Indian journal of veterinary science and animal husbandry - Volumes 18-21, 1948-1951
Year: 1948
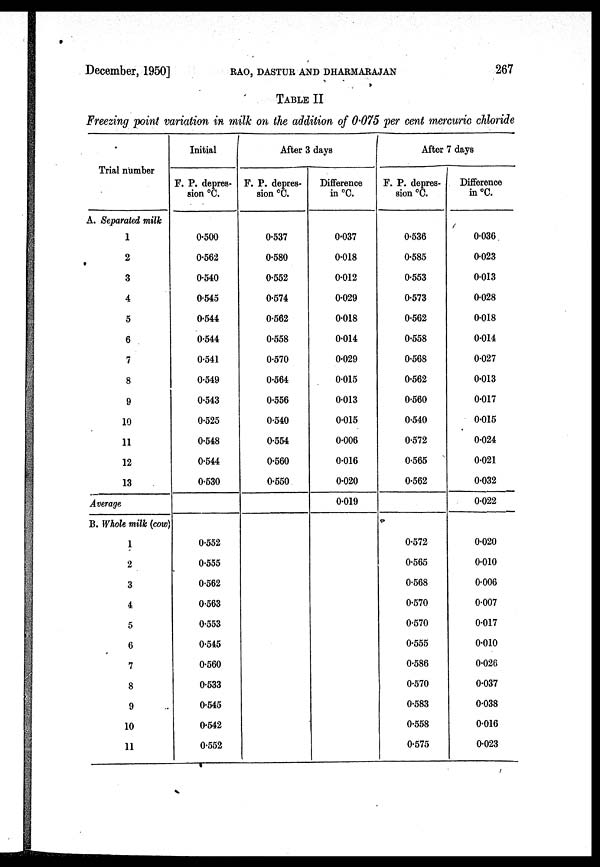
December, 1950]
RAO,
DASTUR
AND
DHARMARAJAN
267
TABLE II
Freezing point variation in milk on the addition of 0.075 per cent mercuric chloride
Trial number
A. Separated milk
1
2
3
4
5
6
7
8
9
10
11
12
13
Average
B. Whole milk (cow)
1
2
3
4
5
6
7
8
9
10
11
Initial
F. P. depres-
sion ºC.
0.500
0.562
0.540
0.545
0.544
0.544
0.541
0.549
0.543
0.525
0.548
0.544
0.530
0.552
0.555
0.562
0.563
0.553
0.545
0.560
0.533
0.545
0.542
0.552
After 3 days
F. P. depres-
sion ºC.
0.537
0.580
0.552
0.574
0.562
0.558
0.570
0.564
0.556
0.540
0.554
0.560
0.550
Difference
in ºC.
0.037
0.018
0.012
0.029
0.018
0.014
0.029
0.015
0.013
0.015
0.006
0.016
0.020
0.019
After 7 days
F. P. depres-
sion ºC.
0.536
0.585
0.553
0.573
0.562
0.558
0.568
0.562
0.560
0.540
0.572
0.565
0.562
0.572
0.565
0.568
0.570
0.570
0.555
0.586
0.570
0.583
0.558
0.575
Difference
in ºC.
0.036
0.023
0.013
0.028
0.018
0.014
0.027
0.013
0.017
0.015
0.024
0.021
0.032
0.022
0.020
0.010
0.006
0.007
0.017
0.010
0.026
0.037
0.038
0.016
0.023